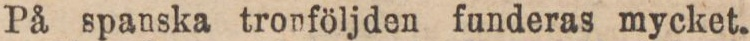
På spanska tronföljden funderas mycket.